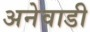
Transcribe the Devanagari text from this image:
अनेवाडी